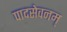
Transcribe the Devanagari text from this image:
पादसेवनम्